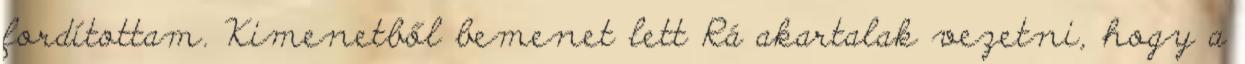
fordítottam. Kimenetből bemenet lett Rá akartalak vezetni, hogy a